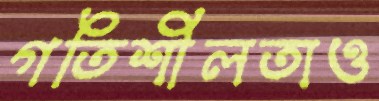
গতিশীলতাও